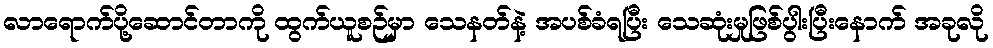
လာရောက်ပို့ဆောင်တာကို ထွက်ယူစဉ်မှာ သေနတ်နဲ့ အပစ်ခံရပြီး သေဆုံးမှုဖြစ်ပွါးပြီးနောက် အခုလို